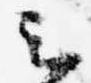
云